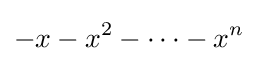
-x-x^{2}-\dotsb -x^{n}